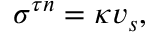
\begin{array} { r } { \sigma ^ { \tau n } = \kappa v _ { s } , } \end{array}